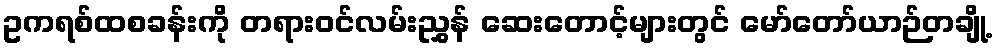
ဥကရစ်ထစခန်းကို တရားဝင်လမ်းညွှန် ဆေးတောင့်များတွင် မော်တော်ယာဉ်တချို့